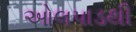
ઓલપાડથી